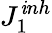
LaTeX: {J_{1}^{\mathit{i}nh}}